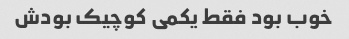
خوب بود فقط یکمی کوچیک بودش